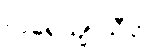
ကရေယျာသီတိ